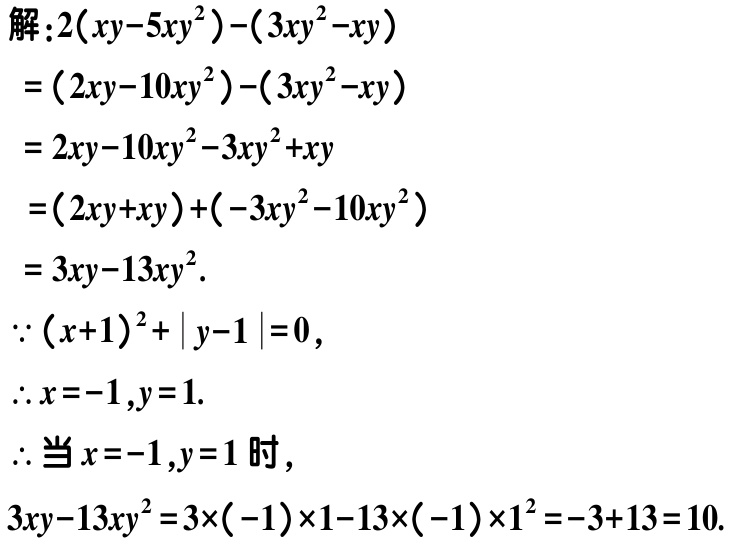
解：\(2(xy - 5xy^{2})-(3xy^{2}-xy)\)
\(=(2xy - 10xy^{2})-(3xy^{2}-xy)\)
\(=2xy - 10xy^{2}-3xy^{2}+xy\)
\(=(2xy + xy)+(-3xy^{2}-10xy^{2})\)
\(=3xy - 13xy^{2}\).
\(\because (x + 1)^{2}+\vert y - 1\vert = 0\),
\(\therefore x=-1,y = 1\).
\(\therefore\)当\(x=-1,y = 1\)时，
\(3xy - 13xy^{2}=3\times(-1)\times1-13\times(-1)\times1^{2}=-3 + 13 = 10\).